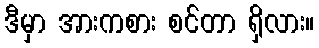
ဒီမှာ အားကစား စင်တာ ရှိလား။